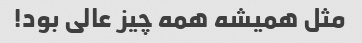
مثل همیشه همه چیز عالی بود!